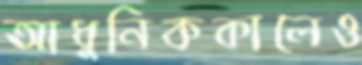
আধুনিককালেও